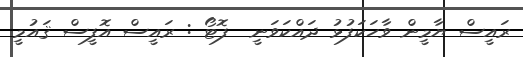
ރައީސް ޔާމީން ވާހަކަފުޅު ދައްކަވަނީ  ފޮޓޯ : ރައީސް އޮފީސް ޤައުމީ